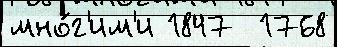
мно́г'им'и 1847  1768